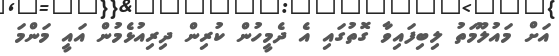
އަށް މައުލޫމަތު ލިބިފައިވާ ގޮތުގައި އެ ދެމީހުން ކުރިން ދިރިއުޅެމުން އައީ މަންމަ